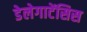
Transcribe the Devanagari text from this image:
डेलेगाटेंसिस